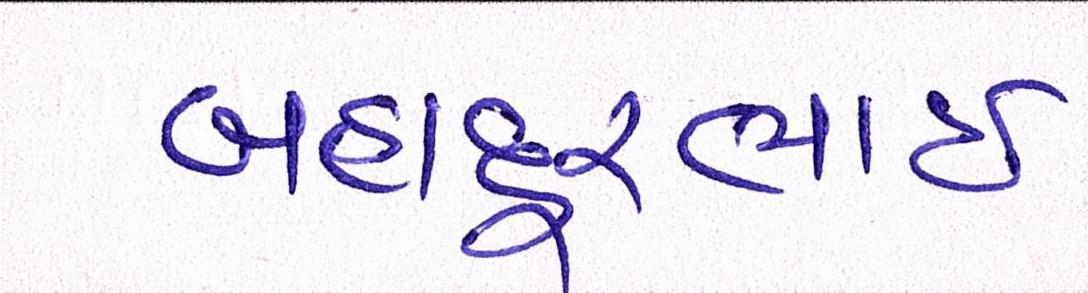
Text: બહાદૂરભાઇ